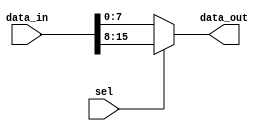
//
// 2:1 Mux
//
// Hardik Sharma
// (hsharma@gatech.edu)

`timescale 1ns/1ps
module mux_2_1 #(
  parameter integer WIDTH     = 8,        // Data Width
  parameter integer IN_WIDTH  = 2*WIDTH,  // Input Width = 2 * Data Width
  parameter integer OUT_WIDTH = WIDTH     // Output Width
) (
  input  wire                                     sel,
  input  wire        [ IN_WIDTH       -1 : 0 ]    data_in,
  output wire        [ OUT_WIDTH      -1 : 0 ]    data_out
);

assign data_out = sel ? data_in[WIDTH+:WIDTH] : data_in[0+:WIDTH];

endmodule